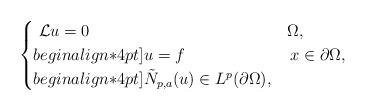
LaTeX: \begin{align*}\begin{cases}\,\,{\mathcal L}u=0 & \Omega,\\begin{align*}4pt]u=f & \,x\in\partial\Omega, \\begin{align*}4pt]\tilde{N}_{p,a}(u) \in L^{p}(\partial \Omega), &\end{cases}\end{align*}